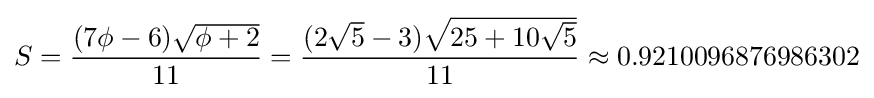
S={\frac {(7\phi -6){\sqrt {\phi +2}}}{11}}={\frac {(2{\sqrt {5}}-3){\sqrt {25+10{\sqrt {5}}}}}{11}}\approx 0.9210096876986302